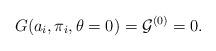
LaTeX: \begin{align*}G(a_i,\pi_i,\theta=0) = {\cal G}^{(0)} = 0.\end{align*}